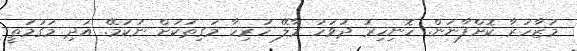
މުޒާހަރާ ކޮށްފާނަން. ހޮނިހިރު ދުވަހު މާލޭ ހުރިހާ މަގިތަކަށް ނުކުމޭ. އަދި މަގުމަތީ